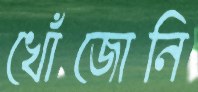
খোঁজোনি